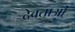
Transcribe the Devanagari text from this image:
देवताऔं